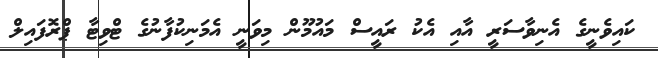
ކައިވެނީގެ އެނިވާސަރީ އާއި އެކު ރައީސް މައުމޫން މިވަނީ އެމަނިކުފާނުގެ ޓްވިޓާ ޕްރޮފައިލް